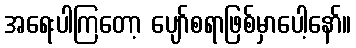
အရေးပါကြတော့ ပျော်စရာဖြစ်မှာပေါ့နော်။